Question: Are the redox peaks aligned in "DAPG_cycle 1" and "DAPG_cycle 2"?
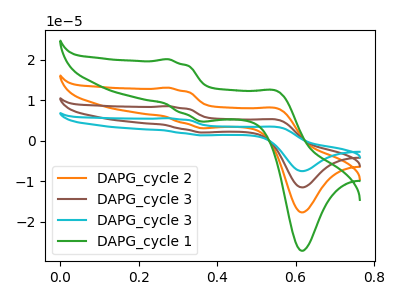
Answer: <think>The orange curve "DAPG_cycle 2" has anodic peaks at (0.30V, 13.10uA) (0.55V, 7.90uA) and cathodic peaks at (0.35V, 3.10uA) (0.60V, -17.70uA). The brown curve "DAPG_cycle 3" has anodic peaks at (0.30V, 26.25uA) (0.55V, 15.80uA) and cathodic peaks at (0.35V, 6.20uA) (0.60V, -35.45uA). The cyan curve "DAPG_cycle 3" has anodic peaks at (0.30V, 39.35uA) (0.55V, 23.70uA) and cathodic peaks at (0.35V, 9.25uA) (0.60V, -53.15uA). The green curve "DAPG_cycle 1" has anodic peaks at (0.30V, 20.15uA) (0.55V, 12.15uA) and cathodic peaks at (0.35V, 4.75uA) (0.60V, -27.20uA).</think>
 <answer>Yes, "DAPG_cycle 1" have a peak in "DAPG_cycle 2" at the same potential.</answer>
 <eval>match</eval>